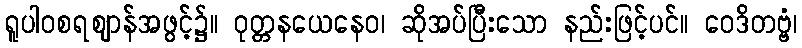
ရူပါဝစရဈာန်အဖွင့်၌။ ဝုတ္တနယေနေဝ၊ ဆိုအပ်ပြီးသော နည်းဖြင့်ပင်။ ဝေဒိတဗ္ဗံ၊